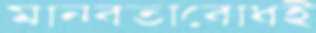
মানবতাবোধই